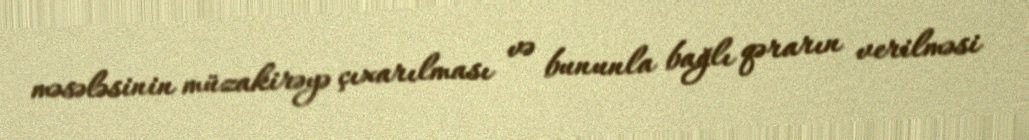
məsələsinin müzakirəyə çıxarılması və bununla bağlı qərarın verilməsi